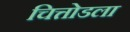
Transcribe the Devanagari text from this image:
चित्तोडला